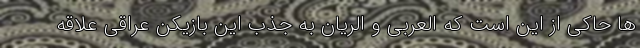
ها حاکی از این است که العربی و الریان به جذب این بازیکن عراقی علاقه